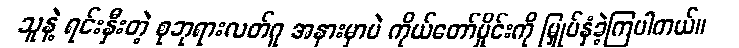
သူနဲ့ ရင်းနှီးတဲ့ စုဘုရားလတ်ဂူ အနားမှာပဲ ကိုယ်တော်မှိုင်းကို မြှုပ်နှံခဲ့ကြပါတယ်။